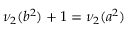
\nu _ { 2 } ( b ^ { 2 } ) + 1 = \nu _ { 2 } ( a ^ { 2 } )